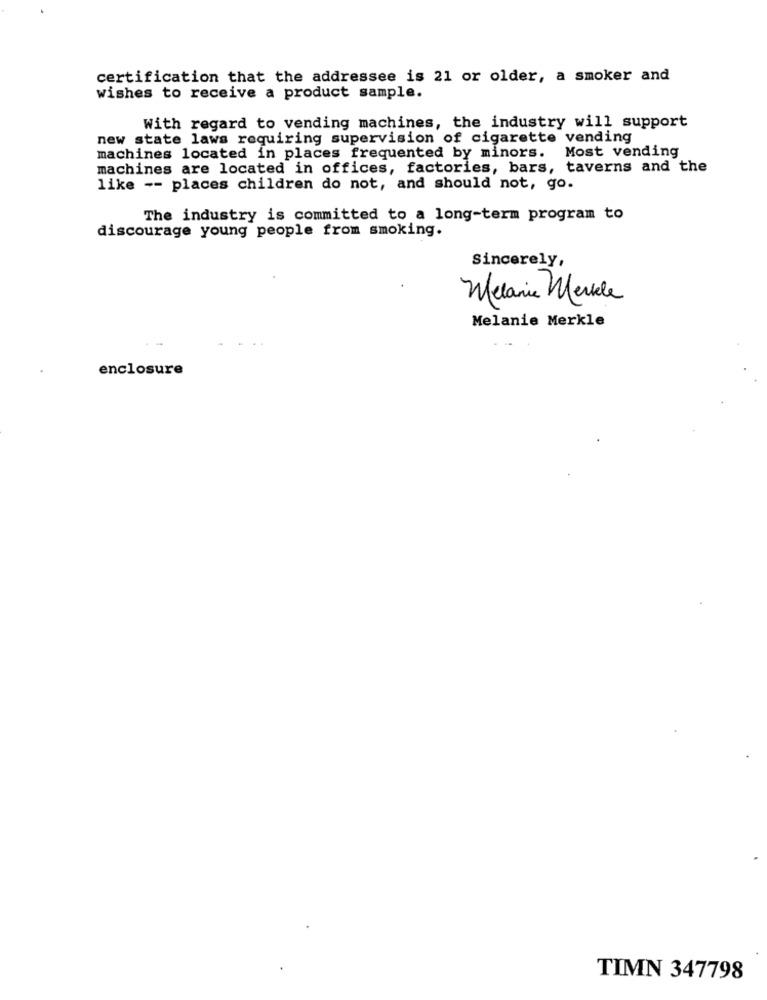
certification that the addressee is 21 or older, a smoker and
wishes to receive a product sample.
With regard to vending machines, the industry will support
new state laws requiring supervision of cigarette vending
machines located in places frequented by minors. Most vending
machines are located in offices, factories, bars, taverns and the
like -- places children do not, and should not, go.
The industry is committed to a long-term program to
discourage young people from smoking.
Sincerely,
Melanie Merkle
Melanie Merkle
enclosure
TIMN 347798